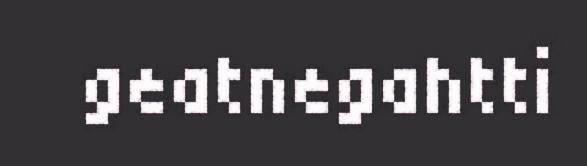
geatnegahtti